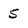
Character: 5